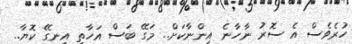
ހުރެވެސް އެ ސޮރު ނާހާނެ އިންނާކަށް.. މަގޭ ބަސް އަހާތި އިނގޭ ކޮޔާ..